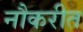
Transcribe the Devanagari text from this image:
नौकरीत